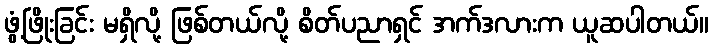
ဖွံ့ဖြိုးခြင်း မရှိလို့ ဖြစ်တယ်လို့ စိတ်ပညာရှင် အက်ဒလားက ယူဆပါတယ်။